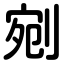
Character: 剜